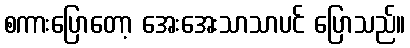
စကားပြောတော့ အေးအေးသာသာပင် ပြောသည်။